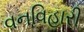
વનવિહારી